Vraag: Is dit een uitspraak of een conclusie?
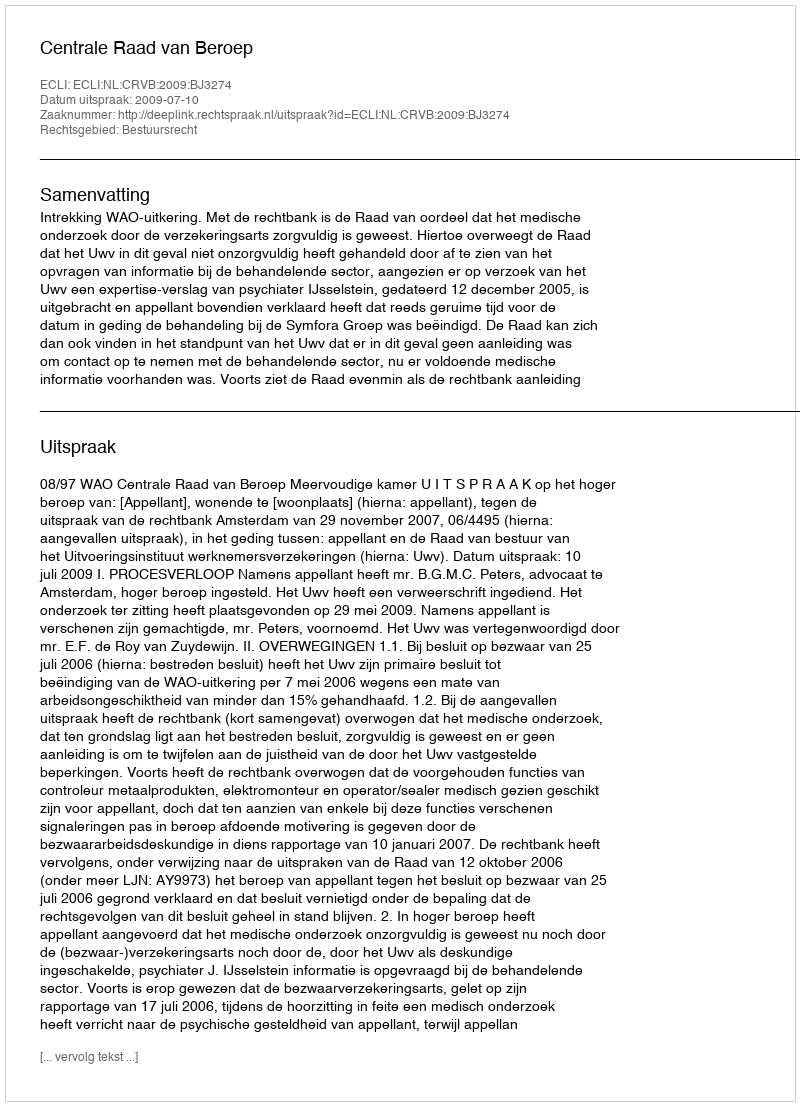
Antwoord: Uitspraak